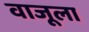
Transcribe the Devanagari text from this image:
वाजूला